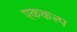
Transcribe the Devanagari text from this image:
एककल्प